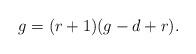
LaTeX: \begin{align*}g = (r+1)(g-d+r).\end{align*}